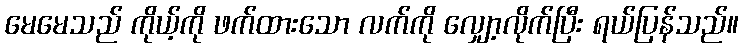
မေမေသည် ကိုယ့်ကို ဖက်ထားသော လက်ကို လျှော့လိုက်ပြီး ရယ်ပြန်သည်။